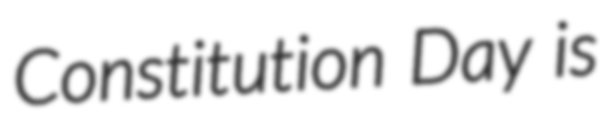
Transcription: Constitution Day is